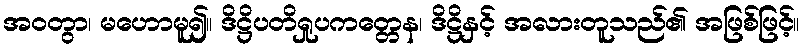
အဝတွာ၊ မဟောမူ၍။ ဒိဋ္ဌိပတိရှုပကတ္တေန၊ ဒိဋ္ဌိနှင့် အလားတူသည်၏ အဖြစ်ဖြင့်။